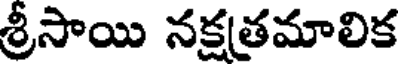
శ్రీసాయి నక్షత్రమాలిక